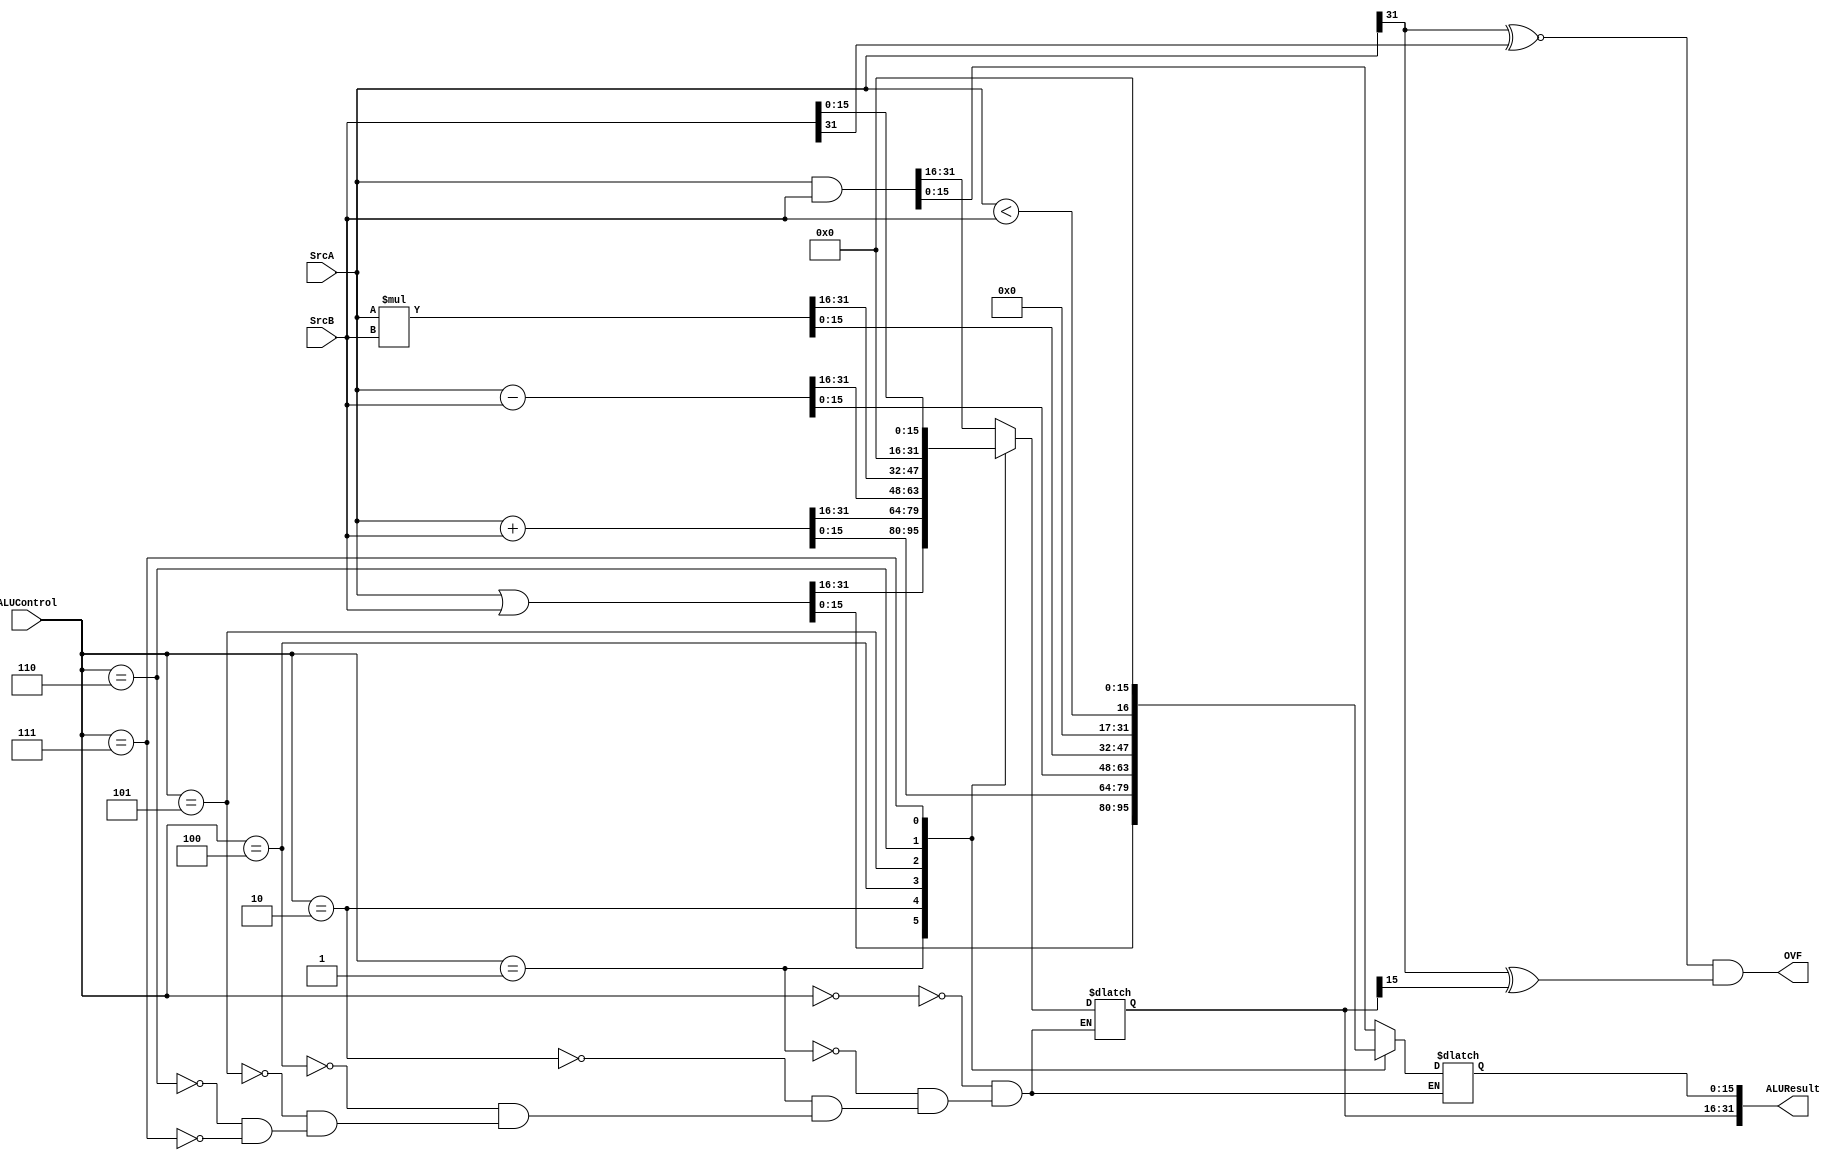
module ALU 
(
    input   wire    [31:0]   SrcA,
    input   wire    [31:0]   SrcB,
    input   wire    [2:0]    ALUControl,

    output  reg     [31:0]  ALUResult,  
    output  reg             OVF 
    //output  wire            Zero
);

//note: don't register neither the output nor the inputs

localparam AND  = 3'b000;
localparam OR   = 3'b001;
localparam PLS  = 3'b010;
localparam MIN  = 3'b100;
localparam MUL  = 3'b101;
localparam SLT  = 3'b110;
localparam LU   = 3'b111;

    always @ (*)
        begin
            case (ALUControl)
                AND :   ALUResult <= SrcA & SrcB ;
                OR  :   ALUResult <= SrcA | SrcB ;
                PLS :   ALUResult <= SrcA + SrcB ;
                MIN :   ALUResult <= SrcA - SrcB ;
                MUL :   ALUResult <= SrcA * SrcB ;
                SLT :   ALUResult <= (SrcA < SrcB);
                LU  :   begin 
                            ALUResult[31:16] <= SrcB[15:0]; 
                            ALUResult[15:0]  <= 16'b0;
                        end
                default :   ALUResult <= ALUResult ;
            endcase
        end


    always @(ALUResult) begin
        OVF = (SrcA[31]~^SrcB[31]) & (SrcA[31]^ALUResult[31]);
    end

    //assign  Zero  = ~|ALUResult;
endmodule